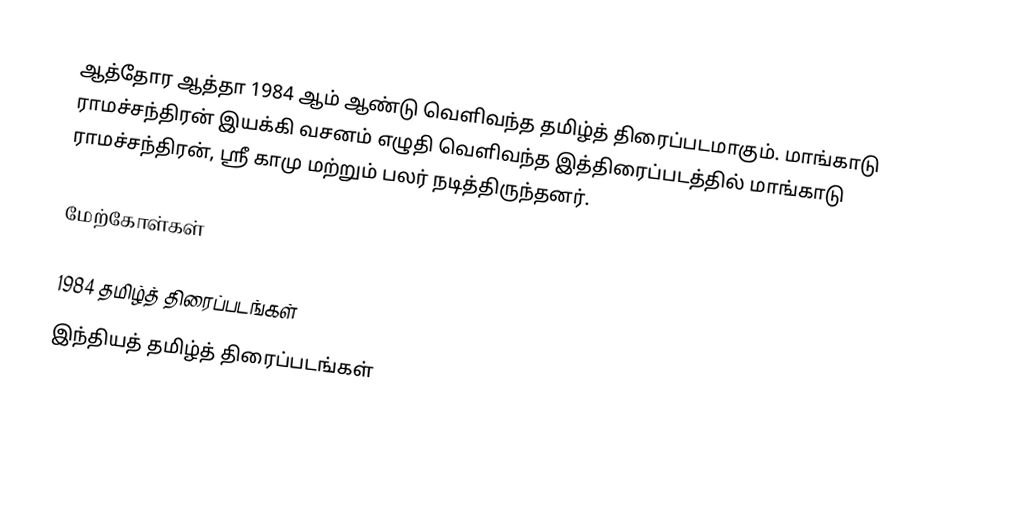
ஆத்தோர ஆத்தா 1984 ஆம் ஆண்டு வெளிவந்த தமிழ்த் திரைப்படமாகும். மாங்காடு ராமச்சந்திரன் இயக்கி வசனம் எழுதி வெளிவந்த இத்திரைப்படத்தில் மாங்காடு ராமச்சந்திரன், ஸ்ரீ காமு மற்றும் பலர் நடித்திருந்தனர்.

மேற்கோள்கள்

1984 தமிழ்த் திரைப்படங்கள்
இந்தியத் தமிழ்த் திரைப்படங்கள்